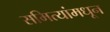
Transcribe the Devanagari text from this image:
समित्यांमधून